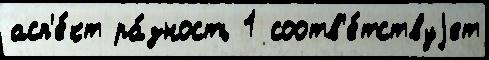
асп'е́кт ра́зность 1 соотв'е́тствуjет